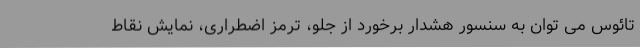
تائوس می توان به سنسور هشدار برخورد از جلو، ترمز اضطراری، نمایش نقاط